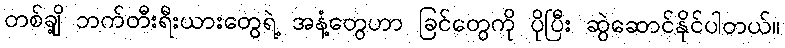
တစ်ချို့ ဘက်တီးရီးယားတွေရဲ့ အနံ့တွေဟာ ခြင်တွေကို ပိုပြီး ဆွဲဆောင်နိုင်ပါတယ်။